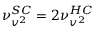
\nu _ { v ^ { 2 } } ^ { S C } = 2 \nu _ { v ^ { 2 } } ^ { H C }